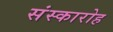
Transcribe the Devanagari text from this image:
संस्कारोह